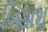
બિકાશ